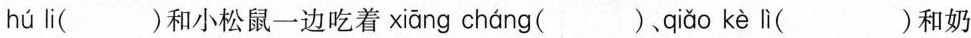
hú li( )和小松鼠一边吃着 xiāng cháng ( )、 qiǎo kè lì ( )和奶